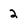
Character: 2